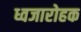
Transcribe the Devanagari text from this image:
ध्वजारोहक